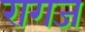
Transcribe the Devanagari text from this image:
रागज